Indian journal of veterinary science and animal husbandry - Volumes 15-17, 1948-1951
Year: 1948
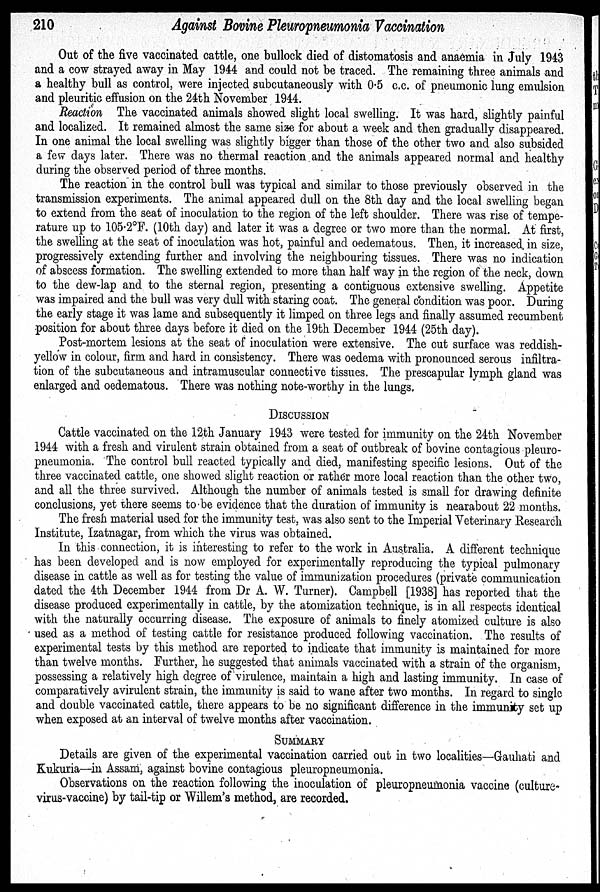
210
Against Bovine Pleuropneumonia Vaccination
Out of the five vaccinated cattle, one bullock died of distomatosis and anaemia in July 1943
and a cow strayed away in May 1944 and could not be traced. The remaining three animals and
a healthy bull as control, were injected subcutaneously with 0.5 c.c. of pneumonic lung emulsion
and pleuritic effusion on the 24th November 1944.
Reaction The vaccinated animals showed slight local swelling. It was hard, slightly painful
and localized. It remained almost the same size for about a week and then gradually disappeared.
In one animal the local swelling was slightly bigger than those of the other two and also subsided
a few days later. There was no thermal reaction and the animals appeared normal and healthy
during the observed period of three months.
The reaction in the control bull was typical and similar to those previously observed in the
transmission experiments. The animal appeared dull on the 8th day and the local swelling began
to extend from the seat of inoculation to the region of the left shoulder. There was rise of tempe-
rature up to 105.2ºF. (10th day) and later it was a degree or two more than the normal. At first,
the swelling at the seat of inoculation was hot, painful and oedematous. Then, it increased in size,
progressively extending further and involving the neighbouring tissues. There was no indication
of abscess formation. The swelling extended to more than half way in the region of the neck, down
to the dew-lap and to the sternal region, presenting a contiguous extensive swelling. Appetite
was impaired and the bull was very dull with staring coat. The general condition was poor. During
the early stage it was lame and subsequently it limped on three legs and finally assumed recumbent
position for about three days before it died on the 19th December 1944 (25th day).
Post-mortem lesions at the seat of inoculation were extensive. The cut surface was reddish-
yellow in colour, firm and hard in consistency. There was oedema with pronounced serous infiltra-
tion of the subcutaneous and intramuscular connective tissues. The prescapular lymph gland was
enlarged and oedematous. There was nothing note-worthy in the lungs.
DISCUSSION
Cattle vaccinated on the 12th January 1943 were tested for immunity on the 24th November
1944 with a fresh and virulent strain obtained from a seat of outbreak of bovine contagious pleuro-
pneumonia. The control bull reacted typically and died, manifesting specific lesions. Out of the
three vaccinated cattle, one showed slight reaction or rather more local reaction than the other two,
and all the three survived. Although the number of animals tested is small for drawing definite
conclusions, yet there seems to be evidence that the duration of immunity is nearabout 22 months.
The fresh material used for the immunity test, was also sent to the Imperial Veterinary Research
Institute, Izatnagar, from which the virus was obtained.
In this connection, it is interesting to refer to the work in Australia. A different technique
has been developed and is now employed for experimentally reproducing the typical pulmonary
disease in cattle as well as for testing the value of immunization procedures (private communication
dated the 4th December 1944 from Dr A. W. Turner). Campbell [1938] has reported that the
disease produced experimentally in cattle, by the atomization technique, is in all respects identical
with the naturally occurring disease. The exposure of animals to finely atomized culture is also
used as a method of testing cattle for resistance produced following vaccination. The results of
experimental tests by this method are reported to indicate that immunity is maintained for more
than twelve months. Further, he suggested that animals vaccinated with a strain of the organism,
possessing a relatively high degree of virulence, maintain a high and lasting immunity. In case of
comparatively avirulent strain, the immunity is said to wane after two months. In regard to single
and double vaccinated cattle, there appears to be no significant difference in the immunity set up
when exposed at an interval of twelve months after vaccination.
SUMMARY
Details are given of the experimental vaccination carried out in two localities—Gauhati and
Kukuria—in Assam, against bovine contagious pleuropneumonia.
Observations on the reaction following the inoculation of pleuropneumonia vaccine (culture-
virus-vaccine) by tail-tip or Willem's method, are recorded.